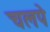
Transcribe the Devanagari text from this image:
चलपे